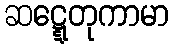
ဆဋ္ဋေတုကာမာ